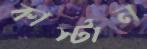
কার্স্টান